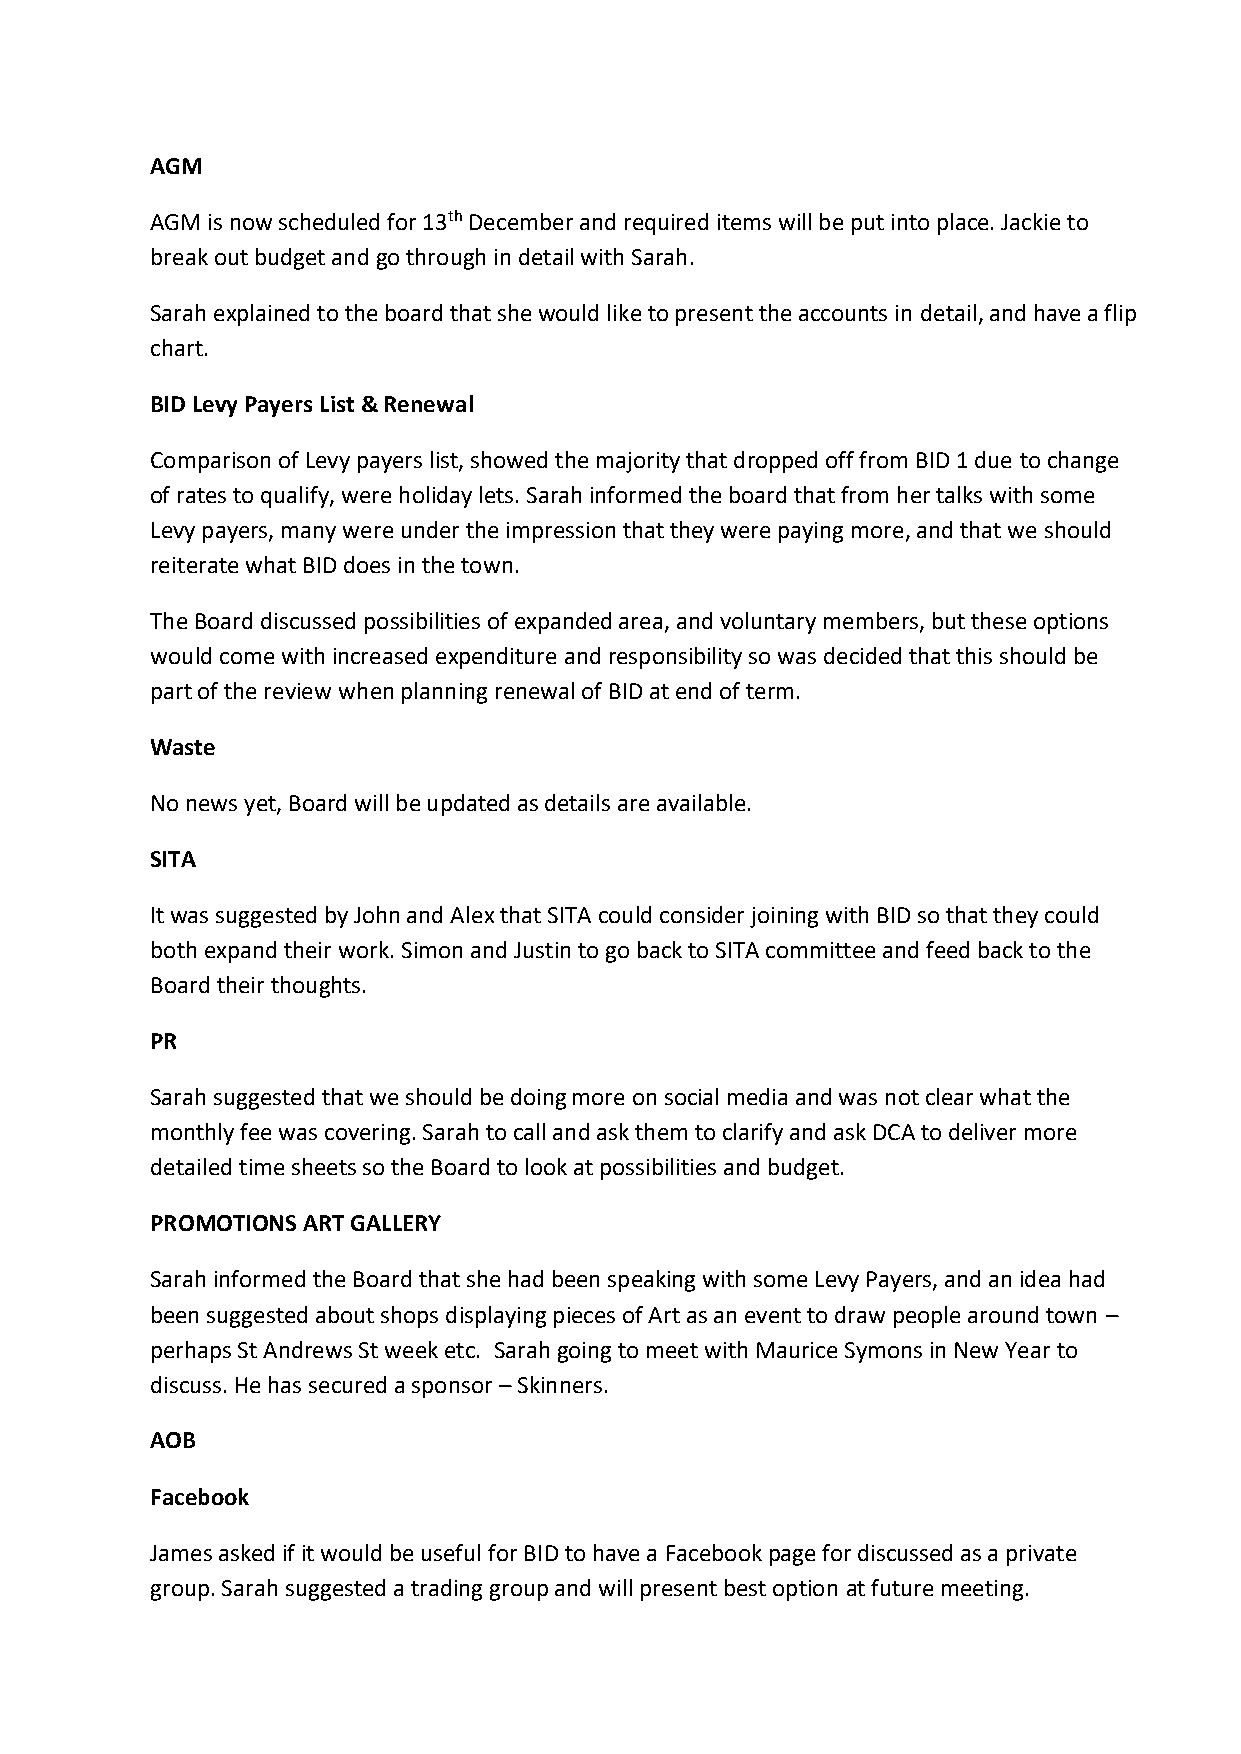
AGM
 AGM is now scheduled for 13th December and required items will be put into place. Jackie to
 break out budget and go through in detail with Sarah.
 Sarah explained to the board that she would like to present the accounts in detail, and have a flip
 chart.
 BID Levy Payers List & Renewal
 Comparison of Levy payers list, showed the majority that dropped off from BID 1 due to change
 of rates to qualify, were holiday lets. Sarah informed the board that from her talks with some
 Levy payers, many were under the impression that they were paying more, and that we should
 reiterate what BID does in the town.
 The Board discussed possibilities of expanded area, and voluntary members, but these options
 would come with increased expenditure and responsibility so was decided that this should be
 part of the review when planning renewal of BID at end of term.
 Waste
 No news yet, Board will be updated as details are available.
 SITA
 It was suggested by John and Alex that SITA could consider joining with BID so that they could
 both expand their work. Simon and Justin to go back to SITA committee and feed back to the
 Board their thoughts.
 PR
 Sarah suggested that we should be doing more on social media and was not clear what the
 monthly fee was covering. Sarah to call and ask them to clarify and ask DCA to deliver more
 detailed time sheets so the Board to look at possibilities and budget.
 PROMOTIONS ART GALLERY
 Sarah informed the Board that she had been speaking with some Levy Payers, and an idea had
 been suggested about shops displaying pieces of Art as an event to draw people around town –
 perhaps St Andrews St week etc. Sarah going to meet with Maurice Symons in New Year to
 discuss. He has secured a sponsor – Skinners.
 AOB
 Facebook
 James asked if it would be useful for BID to have a Facebook page for discussed as a private
 group. Sarah suggested a trading group and will present best option at future meeting.